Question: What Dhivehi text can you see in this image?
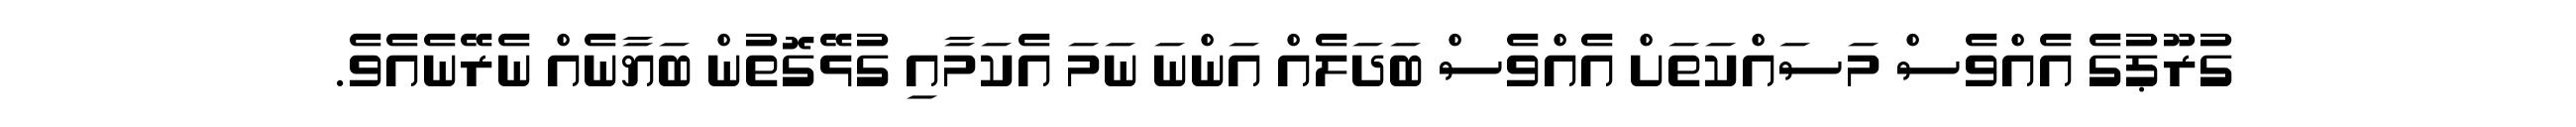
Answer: ގުރޫޕުގެ އެއްވެސް މަސައްކަތަށް އެއްވެސް ބަދަލެއް އަންނަ ނަމަ އެކަމާއި ގުޅޭގޮތުން ބަޔާނެއް ނެރޭނެއެވެ.